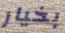
بخيار